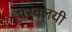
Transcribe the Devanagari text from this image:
परवलयी